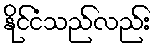
နိုင်ငံသည်လည်း